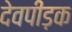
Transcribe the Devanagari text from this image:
देवपीड़क